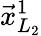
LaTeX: \vec{x}_{L_{2}}^{1}